Reports on dispensaries and lunatic asylums in the Province of Oudh - 1869-1876
Year: 1869
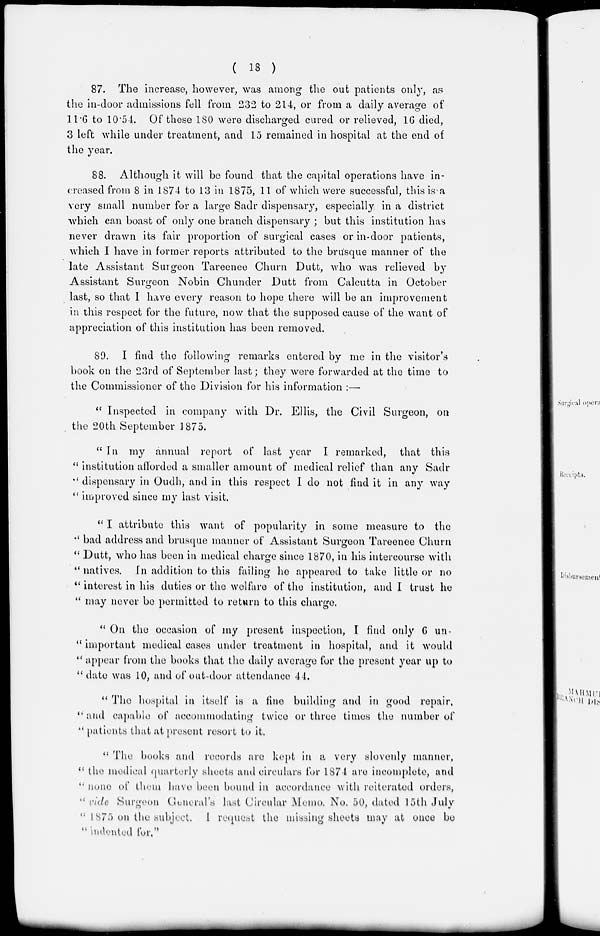
( 18 )
87. The increase, however, was among the out patients only, as
the in-door admissions fell from 232 to 214, or from a daily average of
11.6 to 10.54. Of these 180 were discharged cured or relieved, 16 died,
3 left while under treatment, and 15 remained in hospital at the end of
the year.
88. Although it will be found that the capital operations have in-
creased from 8 in 1874 to 13 in 1875, 11 of which were successful, this is a
very small number for a large Sadr dispensary, especially in a district
which can boast of only one branch dispensary ; but this institution has
never drawn its fair proportion of surgical cases or in-door patients,
which I have in former reports attributed to the brusque manner of the
late Assistant Surgeon Tareenee Churn Dutt, who was relieved by
Assistant Surgeon Nobin Chunder Dutt from Calcutta in October
last, so that I have every reason to hope there will be an improvement
in this respect for the future, now that the supposed cause of the want of
appreciation of this institution has been removed.
89. I find the following remarks entered by me in the visitor's
book on the 23rd of September last; they were forwarded at the time to
the Commissioner of the Division for his information :—
"Inspected in company with Dr. Ellis, the Civil Surgeon, on
the 20th September 1875.
"In my annual report of last year I remarked, that this
"institution afforded a smaller amount of medical relief than any Sadr
" dispensary in Oudh, and in this respect I do not find it in any way
" improved since my last visit.
" I attribute this want of popularity in some measure to the
" bad address and brusque manner of Assistant Surgeon Tareenee Churn
" Dutt, who has been in medical charge since 1870, in his intercourse with
" natives. In addition to this failing he appeared to take little or no
" interest in his duties or the welfare of the institution, and I trust he
" may never be permitted to return to this charge.
" On the occasion of my present inspection, I find only 6 un-
" important medical cases under treatment in hospital, and it would
" appear from the books that the daily average for the present year up to
" date was 10, and of out-door attendance 44.
" The hospital in itself is a fine building and in good repair,
" and capable of accommodating twice or three times the number of
" patients that at present resort to it.
" The books and records are kept in a very slovenly manner,
" the medical quarterly sheets and circulars for 1874 are incomplete, and
'' none of them have been bound in accordance with reiterated orders,
" ride Surgeon General's last Circular Memo. No. 50, dated 15th July
''1875 on the subject. I request the missing sheets may at once be
" indented for."